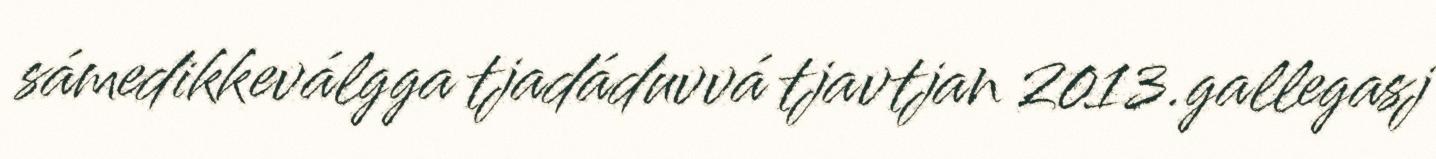
sámedikkeválgga tjadáduvvá tjavtjan 2013.gallegasj